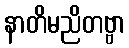
နာတိမညိတဗ္ဗာ